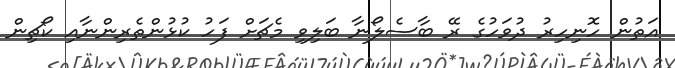
އަތުން ހޮނިހިރު ދުވަހުގެ ރޭ ބާސެލޯނާ ބަލިވި މެޗަށް ފަހު ކުޅުންތެރިންނާއި ކޯޗިން